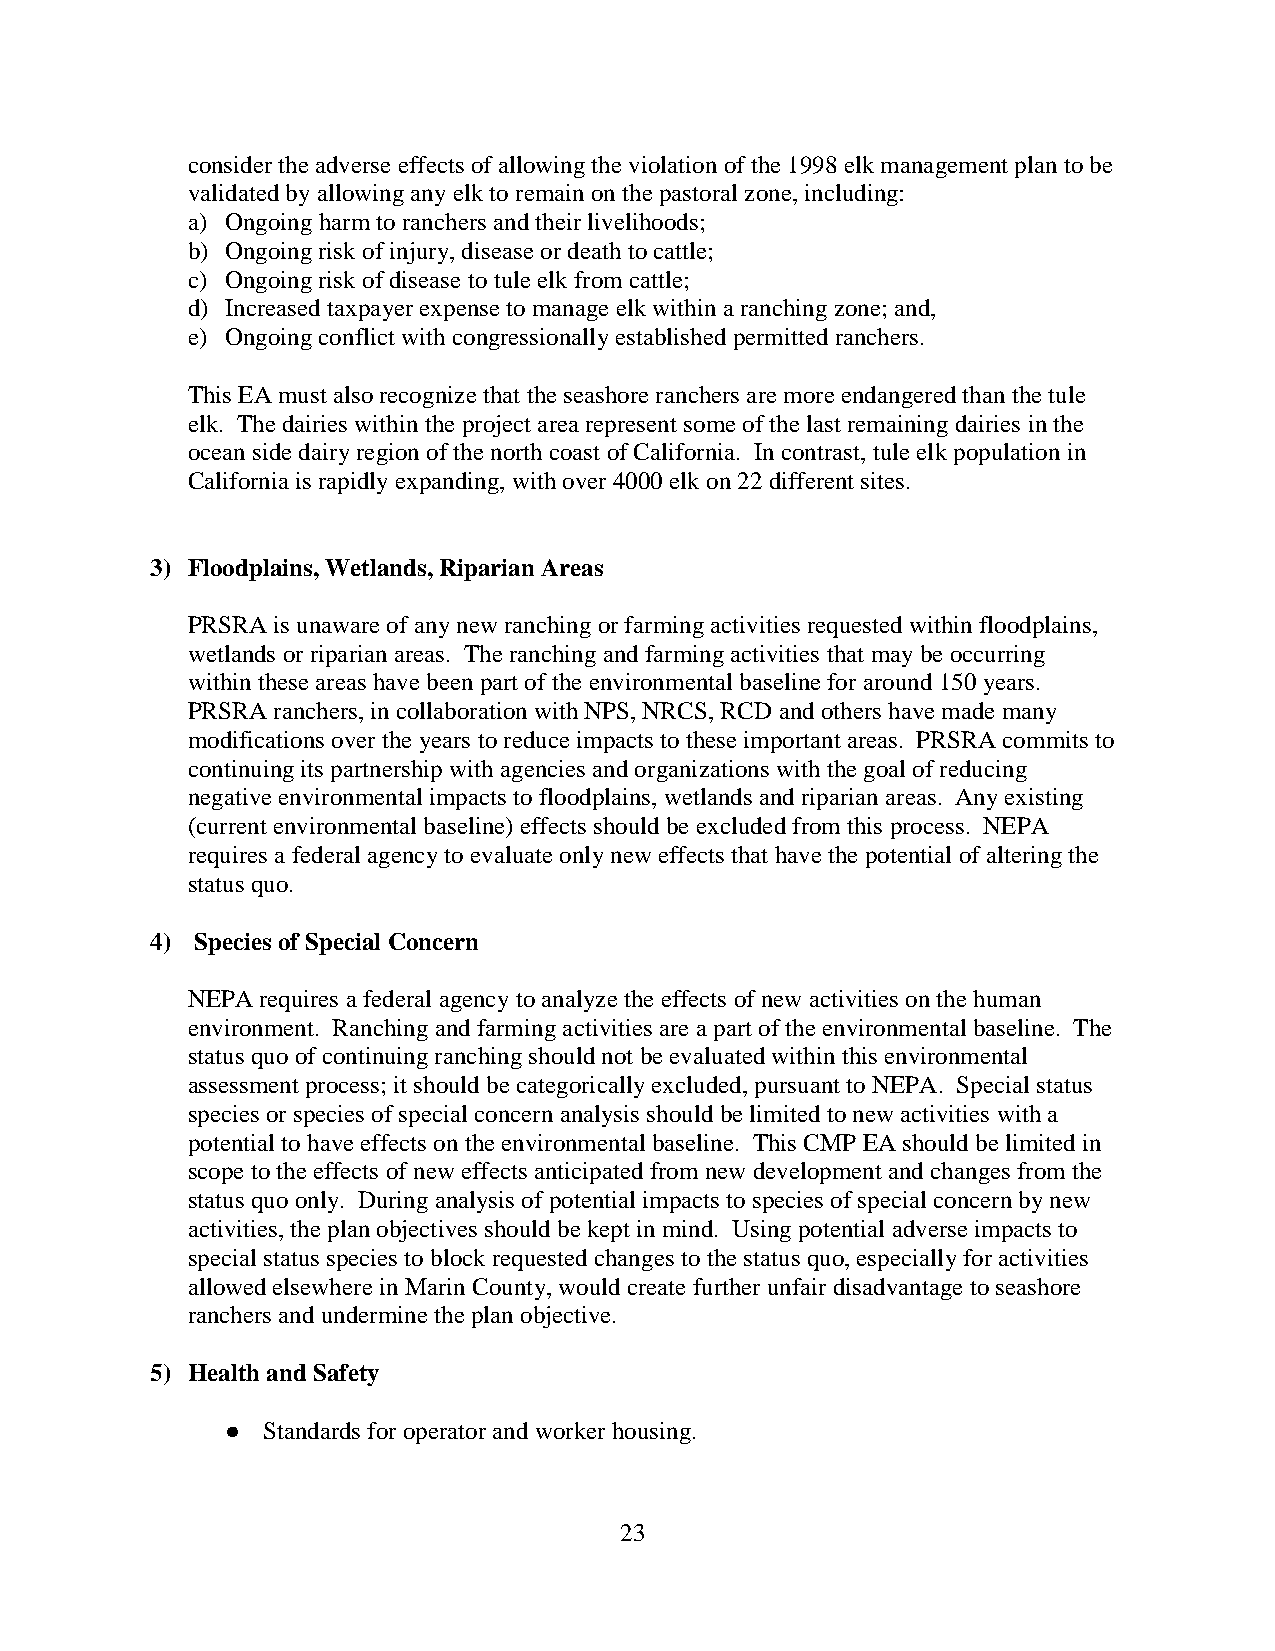
consider the adverse effects of allowing the violation of the 1998 elk management plan to be
 validated by allowing any elk to remain on the pastoral zone, including:
 a) Ongoing harm to ranchers and their livelihoods;
 b) Ongoing risk of injury, disease or death to cattle;
 c) Ongoing risk of disease to tule elk from cattle;
 d) Increased taxpayer expense to manage elk within a ranching zone; and,
 e) Ongoing conflict with congressionally established permitted ranchers.
 This EA must also recognize that the seashore ranchers are more endangered than the tule
 elk. The dairies within the project area represent some of the last remaining dairies in the
 ocean side dairy region of the north coast of California. In contrast, tule elk population in
 California is rapidly expanding, with over 4000 elk on 22 different sites.
 3) Floodplains, Wetlands, Riparian Areas
 PRSRA is unaware of any new ranching or farming activities requested within floodplains,
 wetlands or riparian areas. The ranching and farming activities that may be occurring
 within these areas have been part of the environmental baseline for around 150 years.
 PRSRA ranchers, in collaboration with NPS, NRCS, RCD and others have made many
 modifications over the years to reduce impacts to these important areas. PRSRA commits to
 continuing its partnership with agencies and organizations with the goal of reducing
 negative environmental impacts to floodplains, wetlands and riparian areas. Any existing
 (current environmental baseline) effects should be excluded from this process. NEPA
 requires a federal agency to evaluate only new effects that have the potential of altering the
 status quo.
 4) Species of Special Concern
 NEPA requires a federal agency to analyze the effects of new activities on the human
 environment. Ranching and farming activities are a part of the environmental baseline. The
 status quo of continuing ranching should not be evaluated within this environmental
 assessment process; it should be categorically excluded, pursuant to NEPA. Special status
 species or species of special concern analysis should be limited to new activities with a
 potential to have effects on the environmental baseline. This CMP EA should be limited in
 scope to the effects of new effects anticipated from new development and changes from the
 status quo only. During analysis of potential impacts to species of special concern by new
 activities, the plan objectives should be kept in mind. Using potential adverse impacts to
 special status species to block requested changes to the status quo, especially for activities
 allowed elsewhere in Marin County, would create further unfair disadvantage to seashore
 ranchers and undermine the plan objective.
 5) Health and Safety
 ● Standards for operator and worker housing.
 23